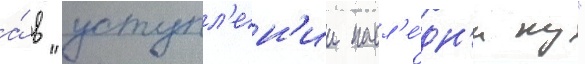
а́ в "уступл'ен'ии насл'е́дн'ику"